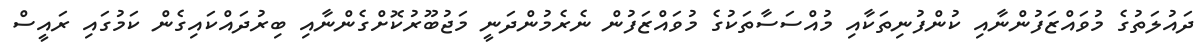
ދައުލަތުގެ މުވައްޒަފުންނާއި ކުންފުނިތަކާއި މުއްސަސާތަކުގެ މުވައްޒަފުން ނެރެމުންދަނީ މަޖުބޫރުކޮށްގެންނާއި ބިރުދައްކައިގެން ކަމުގައި ރައީސް